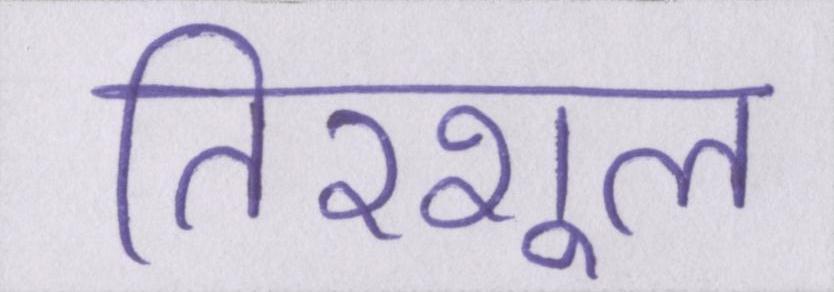
तिरशूल